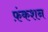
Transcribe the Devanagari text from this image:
फ़ंकशन